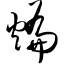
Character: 煸